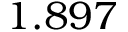
1 . 8 9 7